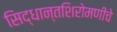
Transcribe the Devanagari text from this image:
सिद्धान्तशिरोमणीचे